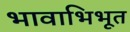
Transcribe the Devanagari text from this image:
भावाभिभूत